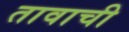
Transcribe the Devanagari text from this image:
तावाची